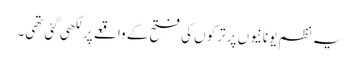
یہ نظم یونانیوں پر ترکوں کی فتح کے واقعے پر لکھی گئی تھی۔